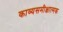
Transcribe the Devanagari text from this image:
काव्यसमीक्षात्मक